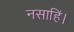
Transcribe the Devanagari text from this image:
नसाहिं।